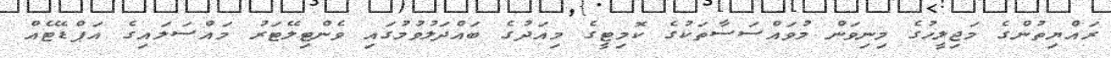
ރައްޔިތުންގެ މަޖިލީހުގެ މިނިވަން މުވައްސަސާތަކުގެ ކޮމިޓީގެ މިއަދުގެ ބައްދަލުވުމުގައި ވެންޓިލޭޓަރު މައްސަލައިގެ އަޕްޑޭޓެއް